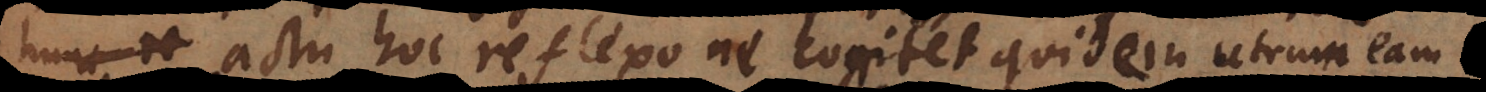
de actu hoc reflexo ne cogitet quidem, utrum eam